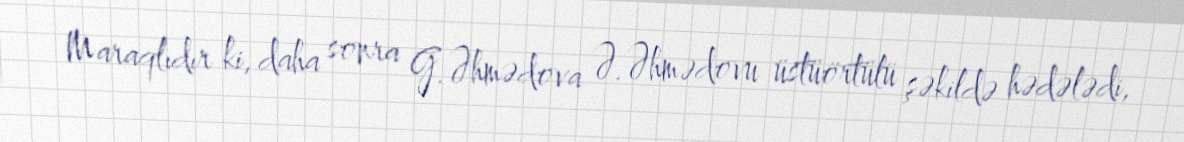
Maraqlıdır ki, daha sonra G.Əhmədova Ə.Əhmədovu üstüörtülü şəkildə hədələdi,